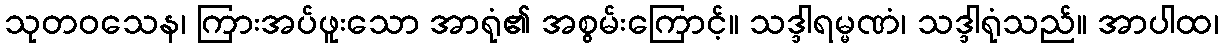
သုတဝသေန၊ ကြားအပ်ဖူးသော အာရုံ၏ အစွမ်းကြောင့်။ သဒ္ဒါရမ္မဏံ၊ သဒ္ဒါရုံသည်။ အာပါထ၊